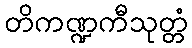
တိကဏ္ဍကီသုတ္တံ